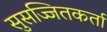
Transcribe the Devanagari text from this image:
सुसज्जितकर्ता